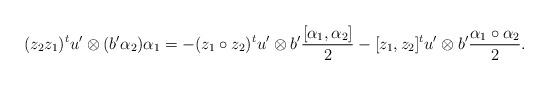
LaTeX: \begin{align*}(z_{2}z_{1})^{t}u'\otimes(b'\alpha_{2})\alpha_{1}=-(z_{1}\circ z_{2})^{t}u'\otimes b'\frac{[\alpha_{1},\alpha_{2}]}{2}-[z_{1},z_{2}]^{t}u'\otimes b'\frac{\alpha_{1}\circ\alpha_{2}}{2}.\end{align*}